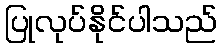
ပြုလုပ်နိုင်ပါသည်